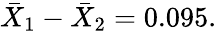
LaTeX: {\bar{X}}_{1}-{\bar{X}}_{2}=0.095.